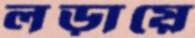
লড়ায়ে